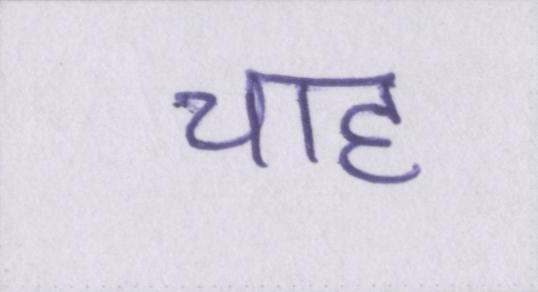
चाह